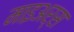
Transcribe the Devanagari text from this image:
माइअर्स